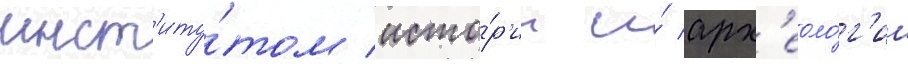
инст'иту́том исто́р'ии и́ арх'еоло́г'ии